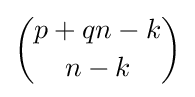
{\binom {p+qn-k}{n-k}}